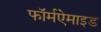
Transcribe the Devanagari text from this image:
फॉर्मऐमाइड